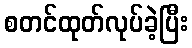
စတင်ထုတ်လုပ်ခဲ့ပြီး